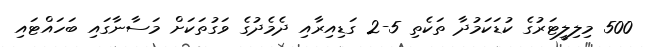
500 މިލިލީޓަރުގެ ކުޑަކަމުދާ ތަކެތި 5-2 ގަޑިއިރާއި ދެމެދުގެ ވަގުތަކަށް މަސާނާގައި ބަހައްޓައި